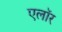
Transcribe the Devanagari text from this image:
एलॉर